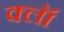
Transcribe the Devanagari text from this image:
क्लॉ